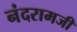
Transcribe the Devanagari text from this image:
नंदरामजी